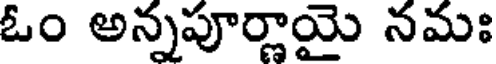
ఓం అన్నపూర్ణాయై నమః